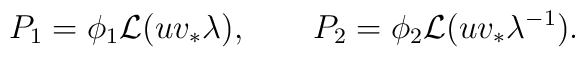
P_{1} = \phi_{1} {\cal L}(u v_{*} \lambda), \qquad P_{2} =\phi_{2} {\cal L}(u v_{*} \lambda^{-1}).